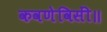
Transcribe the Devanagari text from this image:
कवणेविसीं॥